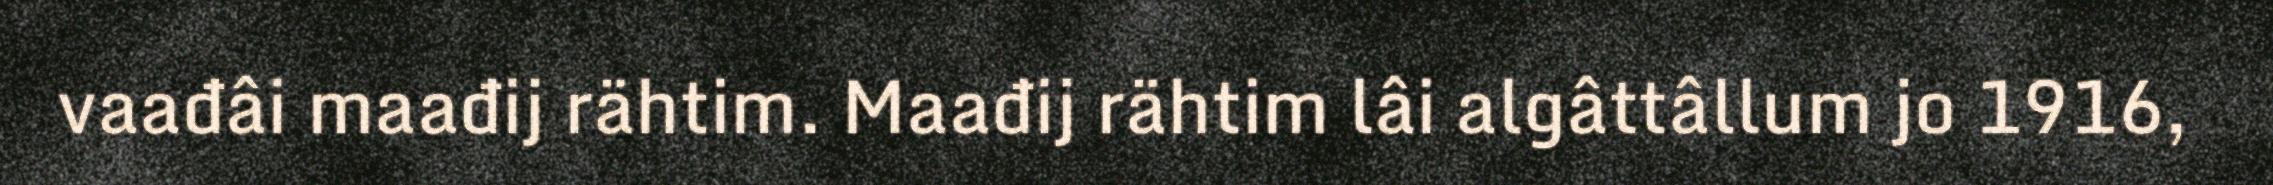
vaađâi maađij rähtim. Maađij rähtim lâi algâttâllum jo 1916,